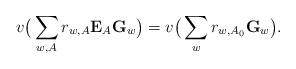
LaTeX: \begin{align*} v \big(\sum_{w,A}r_{w,A}\mathbf{E}_{A} \mathbf{G}_w\big) = v \big(\sum_{w}r_{w,A_0} \mathbf{G}_w \big).\end{align*}